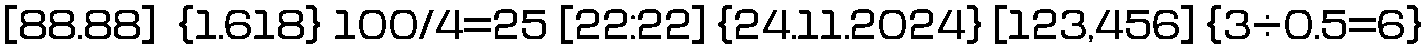
[88.88]  {1.618} 100/4=25 [22:22] {24.11.2024} [123,456] {3÷0.5=6}